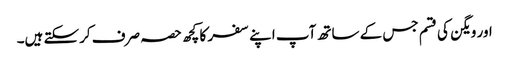
اور ویگن کی قسم جس کے ساتھ آپ اپنے سفر کا کچھ حصہ صرف کرسکتے ہیں۔